Annual report of the Civil Veterinary Department, Bengal, and of the Bengal Veterinary College, for the year 1900-1901 - 1900-1901
Year: 1900
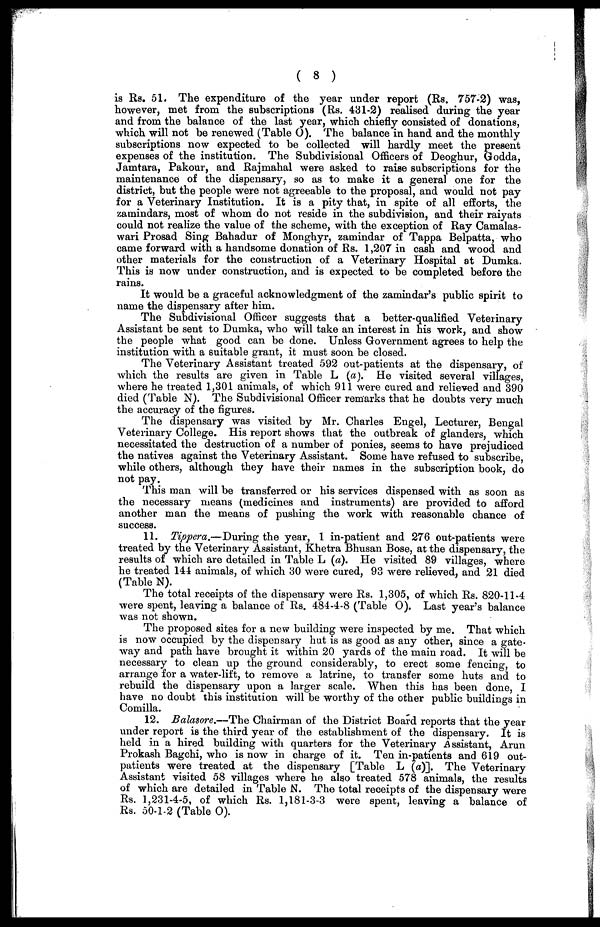
( 8 )
is Rs. 51. The expenditure of the year under report (Rs. 757-2) was,
however, met from the subscriptions (Rs. 481-2) realised during the year
and from the balance of the last year, which chiefly consisted of donations,
which will not be renewed (Table O). The balance in hand and the monthly
subscriptions now expected to be collected will hardly meet the present
expenses of the institution. The Subdivisional Officers of Deoghur, Godda,
Jamtara, Pakour, and Rajmahal were asked to raise subscriptions for the
maintenance of the dispensary, so as to make it a general one for the
district, but the people were not agreeable to the proposal, and would not pay
for a Veterinary Institution. It is a pity that, in spite of all efforts, the
zamindars, most of whom do not reside in the subdivision, and their raiyats
could not realize the value of the scheme, with the exception of Ray Camalas-
wari Prosad Sing Bahadur of Monghyr, zamindar of Tappa Belpatta, who
came forward with a handsome donation of Rs. 1,207 in cash and wood and
other materials for the construction of a Veterinary Hospital at Dumka.
This is now under construction, and is expected to be completed before the
rains.
It would be a graceful acknowledgment of the zamindar's public spirit to
name the dispensary after him.
The Subdivisional Officer suggests that a better-qualified Veterinary
Assistant be sent to Dumka, who will take an interest in his work, and show
the people what good can be done. Unless Government agrees to help the
institution with a suitable grant, it must soon be closed.
The Veterinary Assistant treated 592 out-patients at the dispensary, of
which the results are given in Table L (a). He visited several villages,
where he treated 1,301 animals, of which 911 were cured and relieved and 890
died (Table N). The Subdivisional Officer remarks that he doubts very much
the accuracy of the figures.
The dispensary was visited by Mr. Charles Engel, Lecturer, Bengal
Veterinary College. His report shows that the outbreak of glanders, which
necessitated the destruction of a number of ponies, seems to have prejudiced
the natives against the Veterinary Assistant. Some have refused to subscribe,
while others, although they have their names in the subscription book, do
not pay.
This man will be transferred or his services dispensed with as soon as
the necessary means (medicines and instruments) are provided to afford
another man the means of pushing the work with reasonable chance of
success.
11. Tippera.—During the year, 1 in-patient and 276 out-patients were
treated by the Veterinary Assistant, Khetra Bhusan Bose, at the dispensary, the
results of which are detailed in Table L (a). He visited 89 villages, where
he treated 144 animals, of which 30 were cured, 93 were relieved, and 21 died
(Table N).
The total receipts of the dispensary were Rs. 1,305, of which Rs. 820-11-4
were spent, leaving a balance of Rs. 484-4-8 (Table O). Last year's balance
was not shown.
The proposed sites for a new building were inspected by me. That which
is now occupied by the dispensary hut is as good as any other, since a gate-
way and path have brought it within 20 yards of the main road. It will be
necessary to clean up the ground considerably, to erect some fencing, to
arrange for a water-lift, to remove a latrine, to transfer some huts and to
rebuild the dispensary upon a larger scale. When this has been done, I
have no doubt this institution will be worthy of the other public buildings in
Comilla.
12. Balasore.—The Chairman of the District Board reports that the year
under report is the third year of the establishment of the dispensary. It is
held in a hired building with quarters for the Veterinary Assistant, Arun
Prokash Bagchi, who is now in charge of it. Ten in-patients and 619 out-
patients were treated at the dispensary [Table L (a)]. The Veterinary
Assistant visited 58 villages where he also treated 578 animals, the results
of which are detailed in Table N. The total receipts of the dispensary were
Rs. 1,231-4-5, of which Rs. 1,181-3-3 were spent, leaving a balance of
Rs. 50-1-2 (Table 0).